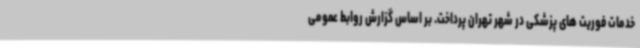
خدمات فوریت های پزشکی در شهر تهران پرداخت. بر اساس گزارش روابط عمومی